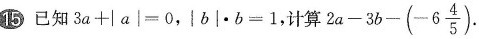
15 已知$$3a+|a|=0$$，$$|b|\cdot b=1$$，计算$$2a-3b-(-6 \frac{4}{5})$$.